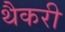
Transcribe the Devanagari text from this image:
थैकरी